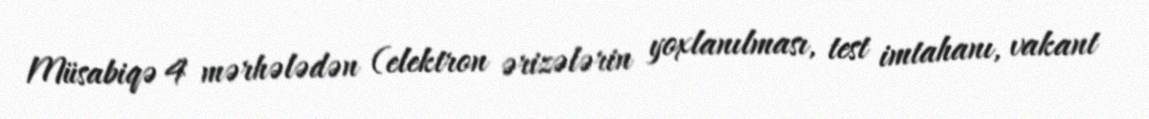
Müsabiqə 4 mərhələdən (elektron ərizələrin yoxlanılması, test imtahanı, vakant